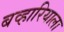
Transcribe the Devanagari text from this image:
बव्हारियाला